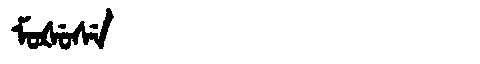
Manchu: ᠮᠣᡧᡠᠰᡝ
Romanization: MOŠUSE